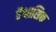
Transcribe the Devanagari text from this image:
वैश्वासिक